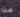
من